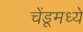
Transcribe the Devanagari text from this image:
चेंडूमध्ये